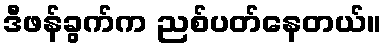
ဒီဖန်ခွက်က ညစ်ပတ်နေတယ်။